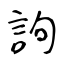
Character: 訽